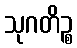
သုဂတိဉ္စ